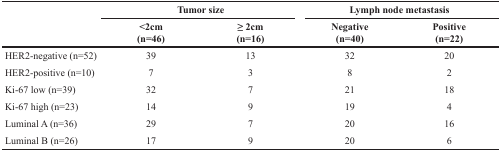
<table><thead><tr><td rowspan="2"></td><td colspan="2"><b>Tumor size</b></td><td colspan="2"><b>Lymph node metastasis</b></td></tr><tr><td><b>&lt;2cm (n=46)</b></td><td><b>≥ 2cm (n=16)</b></td><td><b>Negative (n=40)</b></td><td><b>Positive (n=22)</b></td></tr></thead><tbody><tr><td>HER2-negative (n=52)</td><td>39</td><td>13</td><td>32</td><td>20</td></tr><tr><td>HER2-positive (n=10)</td><td>7</td><td>3</td><td>8</td><td>2</td></tr><tr><td>Ki-67 low (n=39)</td><td>32</td><td>7</td><td>21</td><td>18</td></tr><tr><td>Ki-67 high (n=23)</td><td>14</td><td>9</td><td>19</td><td>4</td></tr><tr><td>Luminal A (n=36)</td><td>29</td><td>7</td><td>20</td><td>16</td></tr><tr><td>Luminal B (n=26)</td><td>17</td><td>9</td><td>20</td><td>6</td></tr></tbody></table>